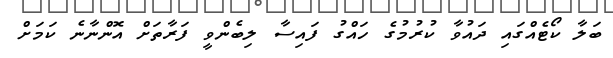
ބަލާ ކޯޓެއްގައި ދައުވާ ކުރުމުގެ ހައްގު ފައިސާ ލިބެންވީ ފަރާތަށް އޮންނާނެ ކަމަށް